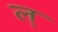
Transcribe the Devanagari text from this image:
ल्‌